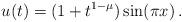
LaTeX: \begin{align*}u(t)= (1+t^{1-\mu}) \sin(\pi x)\,.\end{align*}